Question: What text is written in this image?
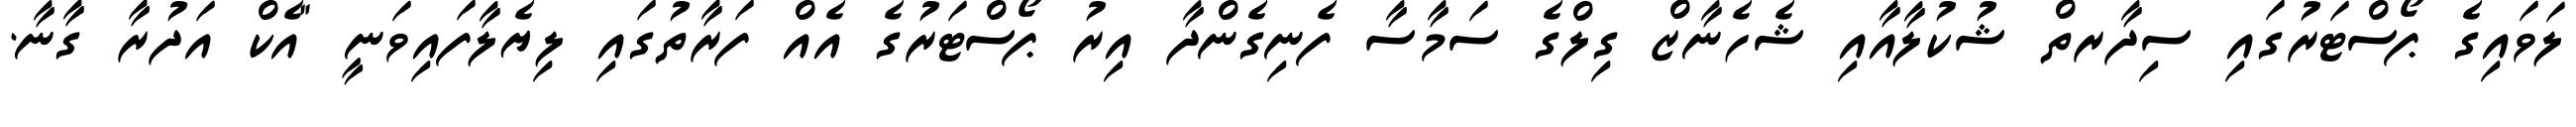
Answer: ލަވައިގެ ޕޯސްޓަރުގައި ސިދާރތް ޝުކުލާއާއި ޝެހެނާޒް ގިލްގެ ސަމާސާ ފެނިގެންދާ އިރު ޕޯސްޓަރުގެ އެއް ފަރާތުގައި ލިޔެލާފައިވަނީ "އެކް އަދުރާ ގާނާ.